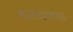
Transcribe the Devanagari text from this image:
बालखाशला